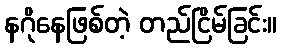
နဂိုနေဖြစ်တဲ့ တည်ငြိမ်ခြင်း။